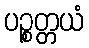
ပဉ္စတ္တယံ